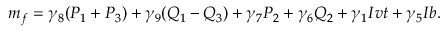
m _ { f } = \gamma _ { 8 } ( P _ { 1 } + P _ { 3 } ) + \gamma _ { 9 } ( Q _ { 1 } - Q _ { 3 } ) + \gamma _ { 7 } P _ { 2 } + \gamma _ { 6 } Q _ { 2 } + \gamma _ { 1 } I v t + \gamma _ { 5 } I b .